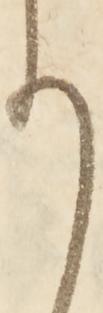
り